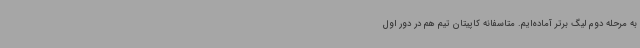
به مرحله دوم لیگ برتر آماده‌ایم. متاسفانه کاپیتان تیم هم در دور اول